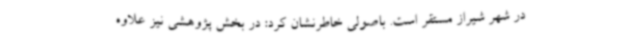
در شهر شیراز مستقر است. باصولی خاطرنشان کرد: در بخش پژوهشی نیز علاوه